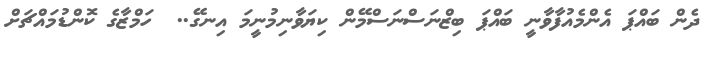
ދެން ބައްޕަ އެންމެއުފާވާނީ ބައްޕަ ބިޒްނަސްނަސްމޭން ކިޔަވާނިމުނީމަ އިނގޭ..  ހަމްޒާގެ ކޮންޑުމައްޗަށް